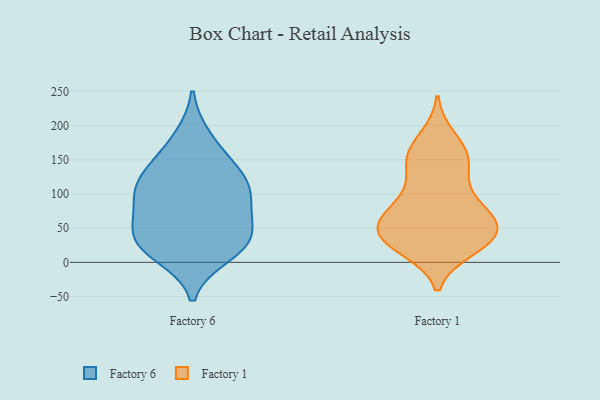
{"axis": {"x": "Market Share (%)", "y": "Value"}, "legend": ["Factory 1", "Factory 6"], "data": [{"x": "", "y": 30, "type": "Factory 6"}, {"x": "", "y": 111, "type": "Factory 6"}, {"x": "", "y": 35, "type": "Factory 6"}, {"x": "", "y": 68, "type": "Factory 6"}, {"x": "", "y": 111, "type": "Factory 6"}, {"x": "", "y": 150, "type": "Factory 6"}, {"x": "", "y": 24, "type": "Factory 6"}, {"x": "", "y": 82, "type": "Factory 6"}, {"x": "", "y": 12, "type": "Factory 6"}, {"x": "", "y": 103, "type": "Factory 6"}, {"x": "", "y": 40, "type": "Factory 6"}, {"x": "", "y": 182, "type": "Factory 6"}, {"x": "", "y": 130, "type": "Factory 6"}, {"x": "", "y": 151, "type": "Factory 1"}, {"x": "", "y": 149, "type": "Factory 1"}, {"x": "", "y": 21, "type": "Factory 1"}, {"x": "", "y": 82, "type": "Factory 1"}, {"x": "", "y": 75, "type": "Factory 1"}, {"x": "", "y": 166, "type": "Factory 1"}, {"x": "", "y": 34, "type": "Factory 1"}, {"x": "", "y": 61, "type": "Factory 1"}, {"x": "", "y": 55, "type": "Factory 1"}, {"x": "", "y": 36, "type": "Factory 1"}, {"x": "", "y": 120, "type": "Factory 1"}, {"x": "", "y": 181, "type": "Factory 1"}, {"x": "", "y": 92, "type": "Factory 1"}, {"x": "", "y": 61, "type": "Factory 1"}, {"x": "", "y": 33, "type": "Factory 1"}, {"x": "", "y": 146, "type": "Factory 1"}, {"x": "", "y": 32, "type": "Factory 1"}, {"x": "", "y": 55, "type": "Factory 1"}, {"x": "", "y": 28, "type": "Factory 1"}]}